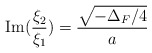
\begin{align*} \mathrm{Im}(\frac{\xi_2}{\xi_1}) = \frac{ \sqrt{-\Delta_F/4}}{a} \end{align*}